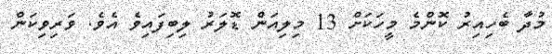
މުދާ ބެހިއިރު ކޮންމެ މީހަކަށް 13 މިލިއަން ޑޮލަރު ލިބިފައިވެ އެވެެ. ވަރިވިކަން